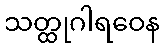
သတ္ထုဂါရဝေန